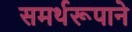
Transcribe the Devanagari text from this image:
समर्थरूपाने